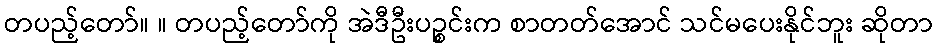
တပည့်တော်။ ။ တပည့်တော်ကို အဲဒီဦးပဉ္စင်းက စာတတ်အောင် သင်မပေးနိုင်ဘူး ဆိုတာ